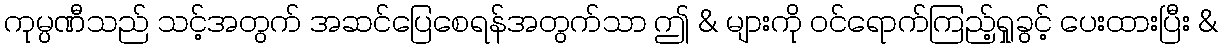
ကုမ္ပဏီသည် သင့်အတွက် အဆင်ပြေစေရန်အတွက်သာ ဤ & များကို ဝင်ရောက်ကြည့်ရှုခွင့် ပေးထားပြီး &